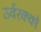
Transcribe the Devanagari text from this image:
उर्वरककों